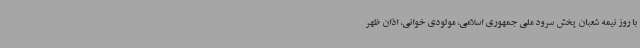
با روز نیمه شعبان پخش سرود ملی جمهوری اسلامی، مولودی خوانی، اذان ظهر